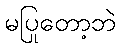
မပြုတော့ဘဲ